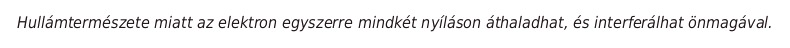
Hullámtermészete miatt az elektron egyszerre mindkét nyíláson áthaladhat, és interferálhat önmagával.